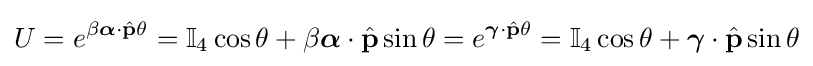
U=e^{\beta {\boldsymbol {\alpha }}\cdot {\hat {\mathbf {p} }}\theta }=\mathbb {I} _{4}\cos \theta +\beta {\boldsymbol {\alpha }}\cdot {\hat {\mathbf {p} }}\sin \theta =e^{{\boldsymbol {\gamma }}\cdot {\hat {\mathbf {p} }}\theta }=\mathbb {I} _{4}\cos \theta +{\boldsymbol {\gamma }}\cdot {\hat {\mathbf {p} }}\sin \theta